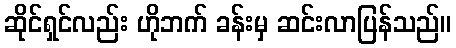
ဆိုင်ရှင်လည်း ဟိုဘက် ခန်းမှ ဆင်းလာပြန်သည်။